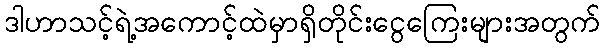
ဒါဟာသင့်ရဲ့အကောင့်ထဲမှာရှိတိုင်းငွေကြေးများအတွက်